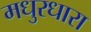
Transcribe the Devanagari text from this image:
मधुरधारा